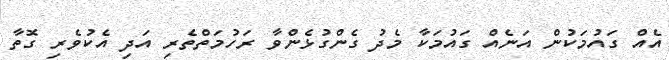
އެއް ގައުމަކުން އަނެއް ގައުމަކާ މެދު ގެންގުޅެންވާ ރަހުމަތްތެރި އަދި އެކުވެރި ގޮތާ